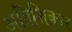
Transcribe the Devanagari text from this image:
अतिशिकार